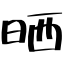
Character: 晒